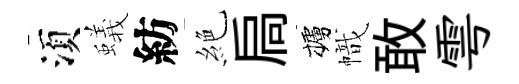
湏蟻紡絶扃櫨幟敢雩